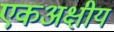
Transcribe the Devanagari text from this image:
एकअक्षीय